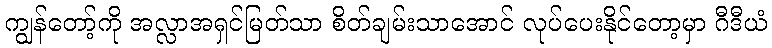
ကျွန်တော့်ကို အလ္လာအရှင်မြတ်သာ စိတ်ချမ်းသာအောင် လုပ်ပေးနိုင်တော့မှာ ဂီဒီယံ